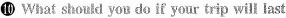
❿ What should you do if your trip will last